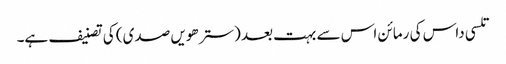
تلسی داس کی رمائن اس سے بہت بعد (سترھویں صدی) کی تصنیف ہے۔